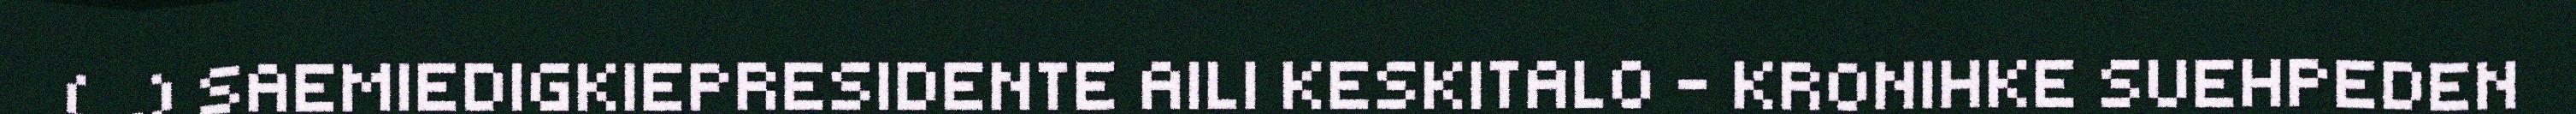
(…) SAEMIEDIGKIEPRESIDENTE AILI KESKITALO – KRONIHKE SUEHPEDEN